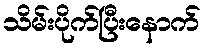
သိမ်းပိုက်ပြီးနောက်